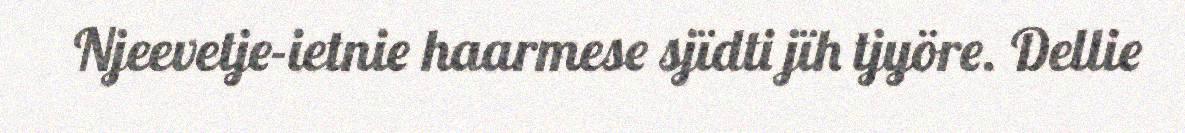
Njeevetje-ietnie haarmese sjïdti jïh tjyöre. Dellie